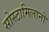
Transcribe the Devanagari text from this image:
सोस्टामिलानो